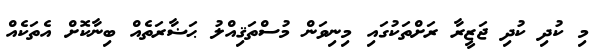
މި ކުދި ކުދި ޖަޒީރާ ރަށްތަކުގައި މިނިވަން މުސްތަޤިއްލު ޙަޟާރަތެއް ބިނާކޮށް އެތަކެއް